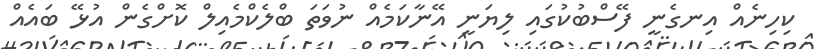
ކިހިނެއް އިނގެނީ ފޭސްބުކުގައި ލިޔަނީ އޭނާކަމެއް ނުވަތަ ބްލެކްމެއިލް ކޮށްގެން އުޅޭ ބައެއް